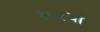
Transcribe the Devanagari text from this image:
१०१वां